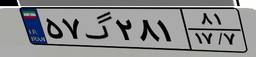
۵۷گ۲۸۱۸۱